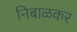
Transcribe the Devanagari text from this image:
निबाळकर